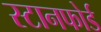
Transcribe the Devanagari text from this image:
स्टानफोर्ड